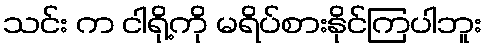
သင်း က ငါရို့ကို မရိပ်စားနိုင်ကြပါဘူး